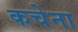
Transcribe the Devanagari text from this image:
कचेना